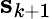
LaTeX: \mathbf{s}_{k+1}